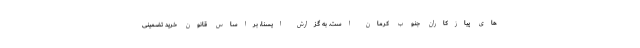
های پیازکاران جنوب کرمان است. به گزارش ایسنا، براساس قانون خرید تضمینی